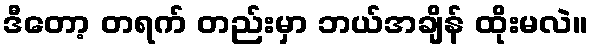
ဒီတော့ တရက် တည်းမှာ ဘယ်အချိန် ထိုးမလဲ။